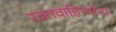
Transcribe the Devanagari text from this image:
रक्तवाहिन्यांना